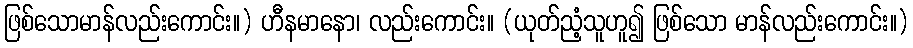
ဖြစ်သောမာန်လည်းကောင်း။) ဟီနမာနော၊ လည်းကောင်း။ (ယုတ်ညံ့သူဟူ၍ ဖြစ်သော မာန်လည်းကောင်း။)